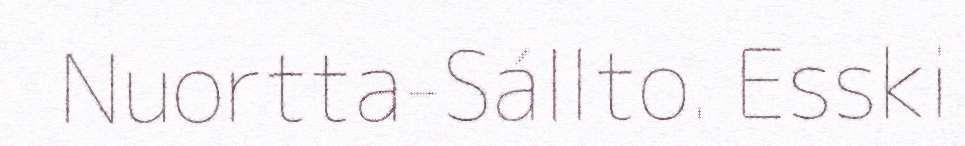
Nuortta-Sállto. Esski